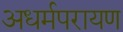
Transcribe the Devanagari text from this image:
अधर्मपरायण